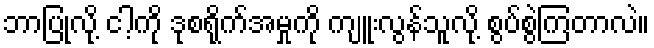
ဘာပြုလို့ ငါ့ကို ဒုစရိုက်အမှုကို ကျူးလွန်သူလို့ စွပ်စွဲကြတာလဲ။